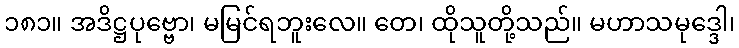
၁၈၁။ အဒိဋ္ဌပုဗ္ဗော၊ မမြင်ရဘူးလေ။ တေ၊ ထိုသူတို့သည်။ မဟာသမုဒ္ဒေါ၊